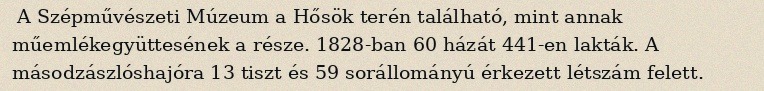
A Szépművészeti Múzeum a Hősök terén található, mint annak műemlékegyüttesének a része. 1828-ban 60 házát 441-en lakták. A másodzászlóshajóra 13 tiszt és 59 sorállományú érkezett létszám felett.